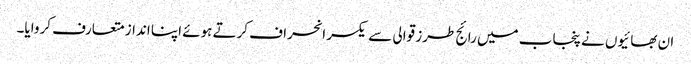
ان بھائیوں نے پنجاب میں رائج طرز قوالی سے یکسر انحراف کرتے ہوئے اپنا انداز متعارف کروایا۔